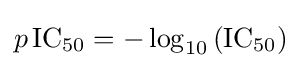
{p\,\mathrm {IC} {\vphantom {A}}_{\smash[{t}]{50}}}=-\log _{10}{(\mathrm {IC} {\vphantom {A}}_{\smash[{t}]{50}})}